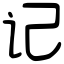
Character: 记